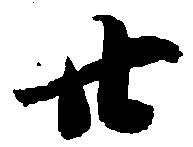
廿